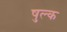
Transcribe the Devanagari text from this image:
षुल्क